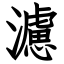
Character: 濾